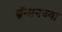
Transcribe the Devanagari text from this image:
ब्रॅन्सनच्या